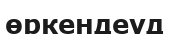
өркендеуд